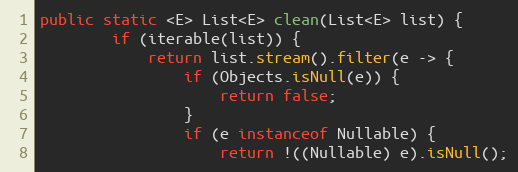
Language: Java
public static <E> List<E> clean(List<E> list) {
        if (iterable(list)) {
            return list.stream().filter(e -> {
                if (Objects.isNull(e)) {
                    return false;
                }
                if (e instanceof Nullable) {
                    return !((Nullable) e).isNull();